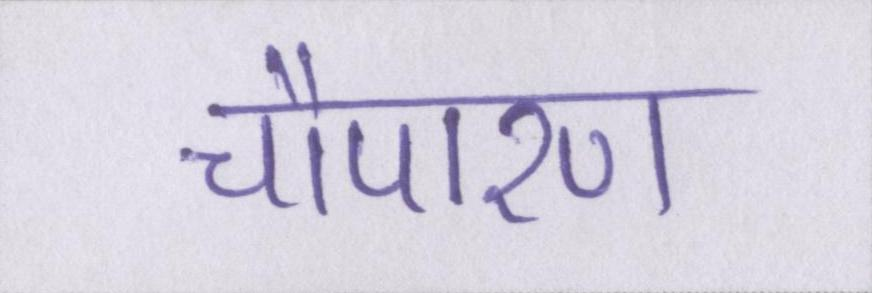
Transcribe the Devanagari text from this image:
चौपारण